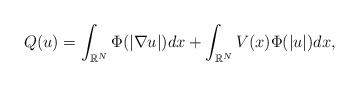
LaTeX: \begin{align*} Q(u)=\int_{\mathbb{R}^N}\Phi(|\nabla u|)dx+\int_{\mathbb{R}^N}V(x)\Phi(| u|)dx,\end{align*}